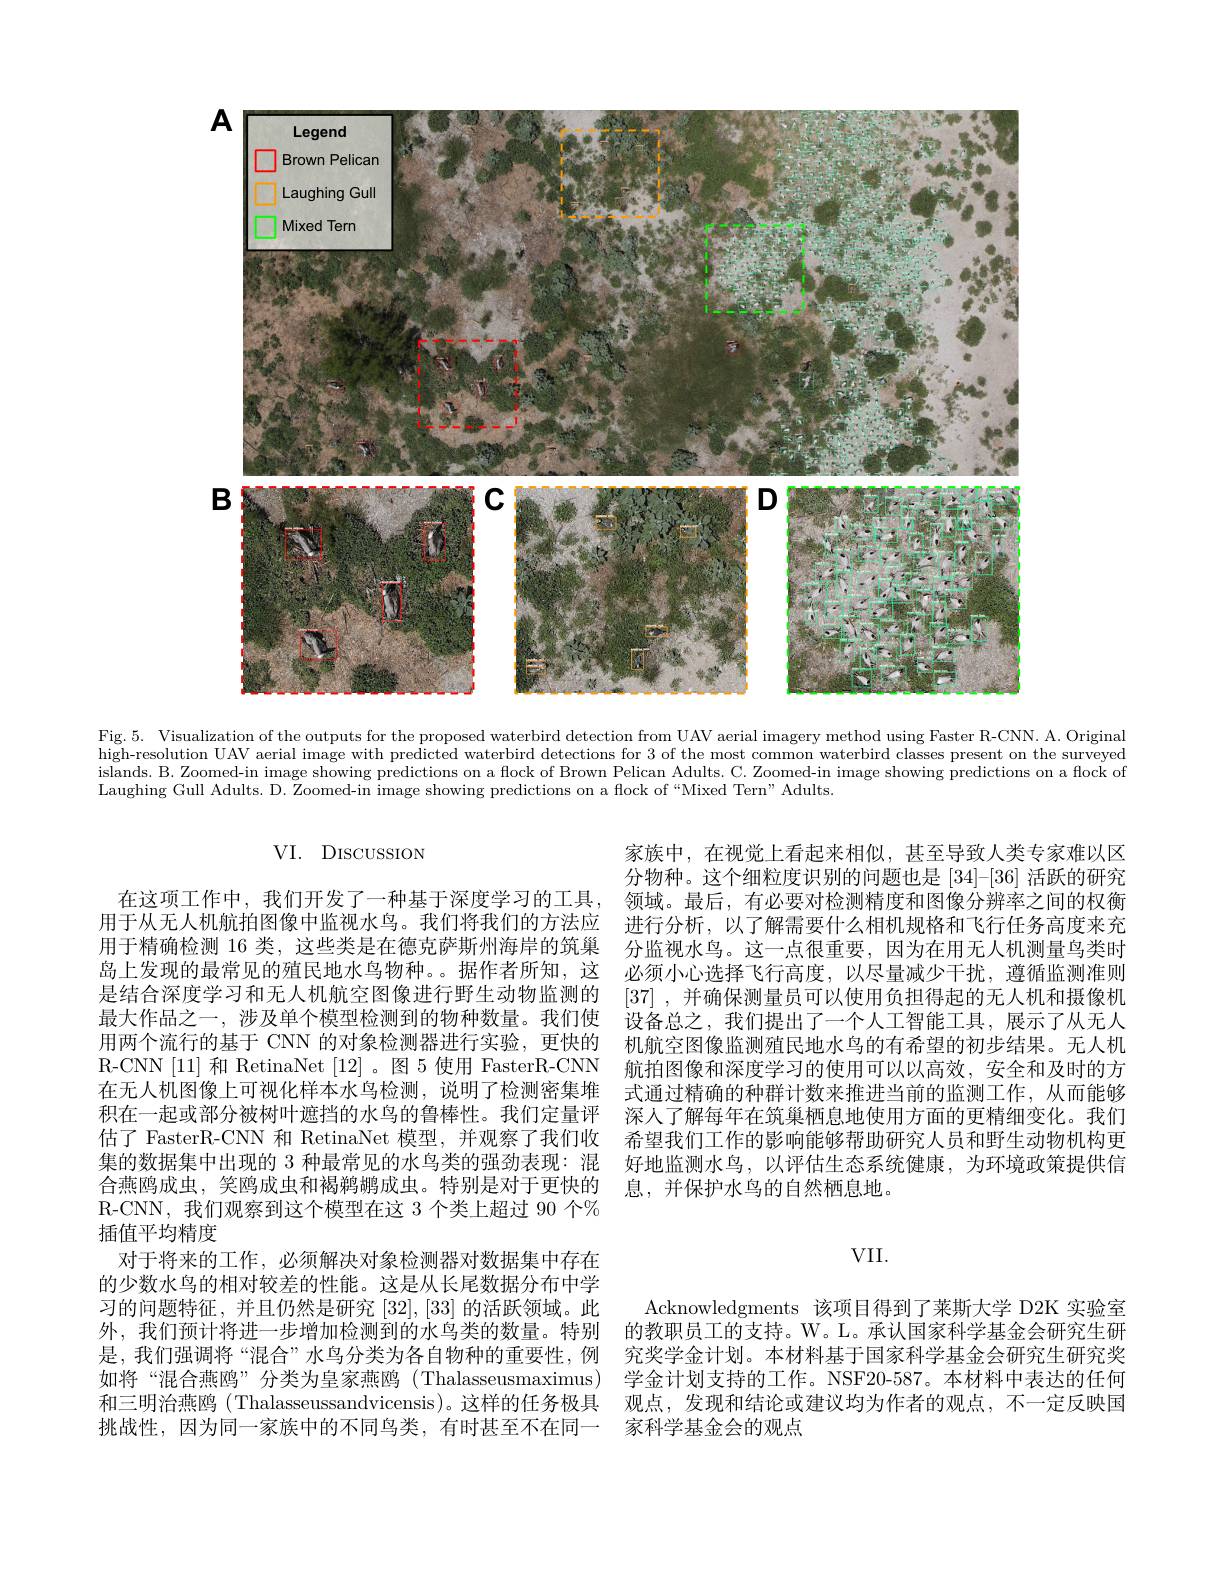
<FigureHere>

Fig. 5. Visualization of the outputs for the proposed waterbird detection from UAV aerial imagery method using Faster R-CNN. A. Original high-resolution UAV aerial image with predicted waterbird detections for 3 of the most common waterbird classes present on the surveyed islands. B. Zoomed-in image showing predictions on a flock of Brown Pelican Adults. C. Zoomed-in image showing predictions on a flock of Laughing Gull Adults. D. Zoomed-in image showing predictions on a flock of“Mixed Tern”Adults.

VI. DISCUSSION

家族中，在视觉上看起来相似，甚至导致人类专家难以区分物种。这个细粒度识别的问题也是[34]-[36] 活跃的研究
在这项工作中，我们开发了一种基于深度学习的工具，领域。最后，有必要对检测精度和图像分辨率之间的权衡用于从无人机航拍图像中监视水鸟。我们将我们的方法应 进行分析，以了解需要什么相机规格和飞行任务高度来充用于精确检测 16 类，这些类是在德克萨斯州海岸的筑巢 分监视水鸟。这一点很重要，因为在用无人机测量鸟类时岛上发现的最常见的殖民地水鸟物种。。据作者所知，这 必须小心选择飞行高度，以尽量减少干扰，遵循监测准则是结合深度学习和无人机航空图像进行野生动物监测的 [37] ,并确保测量员可以使用负担得起的无人机和摄像机最大作品之一，涉及单个模型检测到的物种数量。我们使 设备总之，我们提出了一个人工智能工具，展示了从无人用两个流行的基于 CNN 的对象检测器进行实验，更快的 机航空图像监测殖民地水鸟的有希望的初步结果。无人机R-CNN [11] 和 RetinaNet [12]。图 5 使用 FasterR-CNN 航拍图像和深度学习的使用可以以高效，安全和及时的方在无人机图像上可视化样本水鸟检测，说明了检测密集堆 式通过精确的种群计数来推进当前的监测工作，从而能够
深人了解每年在筑巢栖息地使用方面的更精细变化。我们
估了 FasterR-CNN 和 RetinaNet 模型，并观察了我们收 希望我们工作的影响能够帮助研究人员和野生动物机构更
好地监测水鸟，以评估生态系统健康，为环境政策提供信
息，并保护水鸟的自然栖息地。

积在一起或部分被树叶遮挡的水鸟的鲁棒性。我们定量评集的数据集中出现的 3 种最常见的水鸟类的强劲表现：混合燕鸥成虫，笑鸥成虫和褐鹈鹕成虫。特别是对于更快的R-CNN,我们观察到这个模型在这 3 个类上超过 90 个% 插值平均精度
对于将来的工作，必须解决对象检测器对数据集中存在的少数水鸟的相对较差的性能。这是从长尾数据分布中学习的问题特征，并且仍然是研究[32],[33]的活跃领域。此外，我们预计将进一步增加检测到的水鸟类的数量。特别 的教职员工的支持。W。L。承认国家科学基金会研究生研是，我们强调将“混合”水鸟分类为各自物种的重要性，例 究奖学金计划。本材料基于国家科学基金会研究生研究奖如将“混合燕鸥”分类为皇家燕鸥(Thalasseusmaximus) 学金计划支持的工作。NSF20-587。本材料中表达的任何和三明治燕鸥 (Thalasseussandvicensis)。这样的任务极具 观点，发现和结论或建议均为作者的观点，不一定反映国挑战性，因为同一家族中的不同鸟类，有时甚至不在同一 家科学基金会的观点

## VII.

Acknowledgments 该项目得到了莱斯大学 D2K 实验室